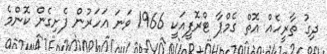
ދިގު ތާރީހެއް އޮތް ގެމްޕާ ޓްރޮފީއަކީ 1966 ވަނަ އަހަރުން ފެށިގެން ކޮންމެ